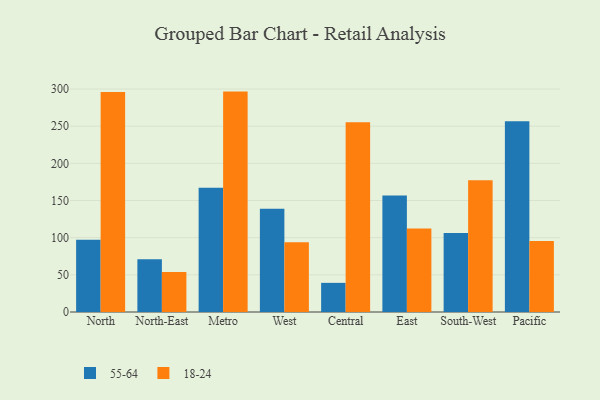
{"axis": {"x": "Region", "y": "Demand Index"}, "legend": ["18-24", "55-64"], "data": [{"x": "North", "y": 97.1, "type": "55-64"}, {"x": "North", "y": 296.0, "type": "18-24"}, {"x": "North-East", "y": 71.1, "type": "55-64"}, {"x": "North-East", "y": 53.8, "type": "18-24"}, {"x": "Metro", "y": 167.0, "type": "55-64"}, {"x": "Metro", "y": 296.5, "type": "18-24"}, {"x": "West", "y": 138.9, "type": "55-64"}, {"x": "West", "y": 94.0, "type": "18-24"}, {"x": "Central", "y": 39.2, "type": "55-64"}, {"x": "Central", "y": 255.2, "type": "18-24"}, {"x": "East", "y": 156.8, "type": "55-64"}, {"x": "East", "y": 112.4, "type": "18-24"}, {"x": "South-West", "y": 106.2, "type": "55-64"}, {"x": "South-West", "y": 177.4, "type": "18-24"}, {"x": "Pacific", "y": 256.6, "type": "55-64"}, {"x": "Pacific", "y": 95.6, "type": "18-24"}]}